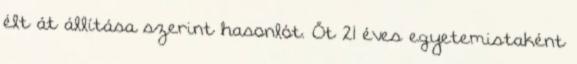
élt át állítása szerint hasonlót. Őt 21 éves egyetemistaként